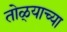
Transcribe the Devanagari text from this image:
तोळ्याच्या